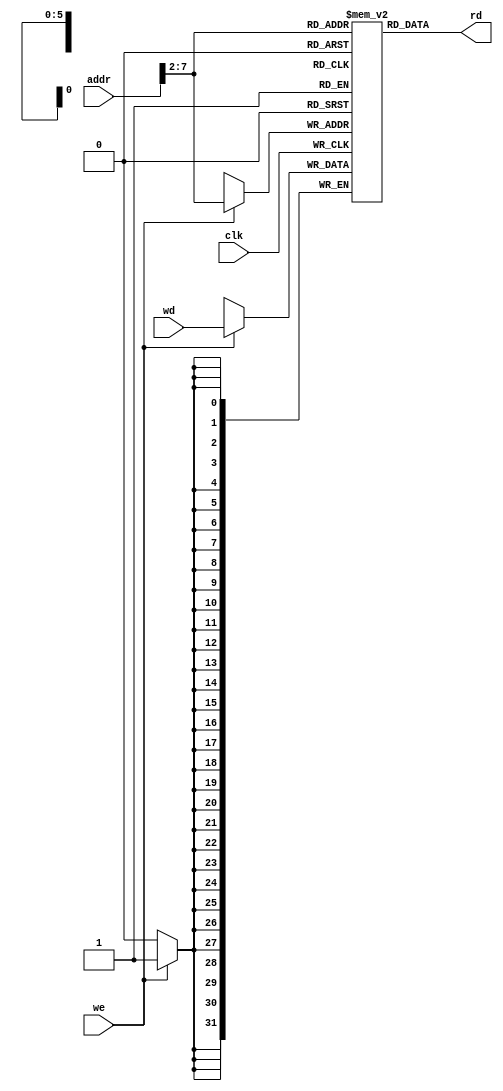
//-----------------------------------------------
// dmem.v by David_Harris 23 October 2005
// 
// External data memory used by MIPS single-cycle
// processor
//------------------------------------------------

module dmem(input         clk, we,
            input  [31:0] addr, wd,
            output [31:0] rd);

  reg  [31:0] RAM[63:0];

  assign rd = RAM[addr[31:2]]; // word aligned read (for lw)

  always @(posedge clk)
    if (we)
      RAM[addr[31:2]] <= wd;   // word aligned write (for sw)

endmodule